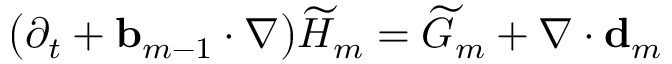
\bigl ( \partial _ { t } + \ensuremath { \mathbf { b } } _ { m - 1 } \cdot \nabla \bigr ) \widetilde { H } _ { m } = \widetilde { G } _ { m } + \nabla \cdot \mathbf { d } _ { m }